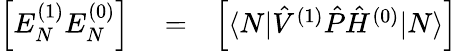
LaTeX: \begin{array}{rlr}{\Big[E_{N}^{(1)}E_{N}^{(0)}\Big]}&{{}=}&{\Big[\langle N|\hat{V}^{(1)}\hat{P}\hat{H}^{(0)}|N\rangle\Big]}\end{array}